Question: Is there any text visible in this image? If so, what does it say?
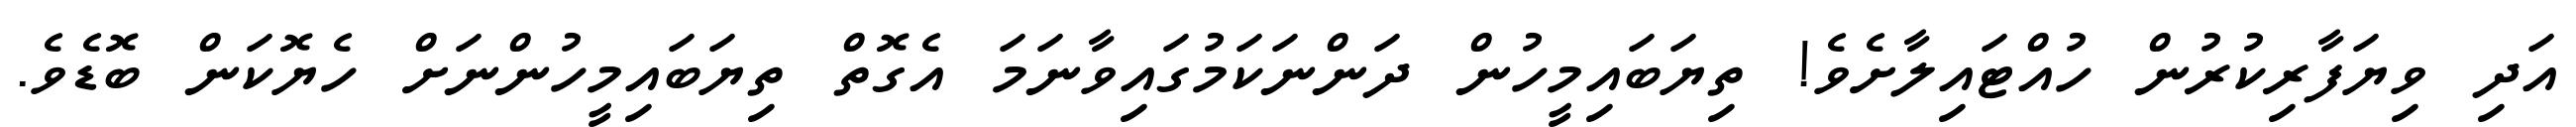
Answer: އަދި ވިޔަފާރިކުރުން ހުއްޓައިލާށެވެ! ތިޔަބައިމީހުން ދަންނަކަމުގައިވާނަމަ އެގޮތް ތިޔަބައިމީހުންނަށް ހެޔޮކަން ބޮޑެވެ.